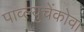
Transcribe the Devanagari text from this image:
पाव्ल्युचेंकोवा